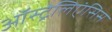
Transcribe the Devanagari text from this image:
ऑस्ट्रेलिएंसिस